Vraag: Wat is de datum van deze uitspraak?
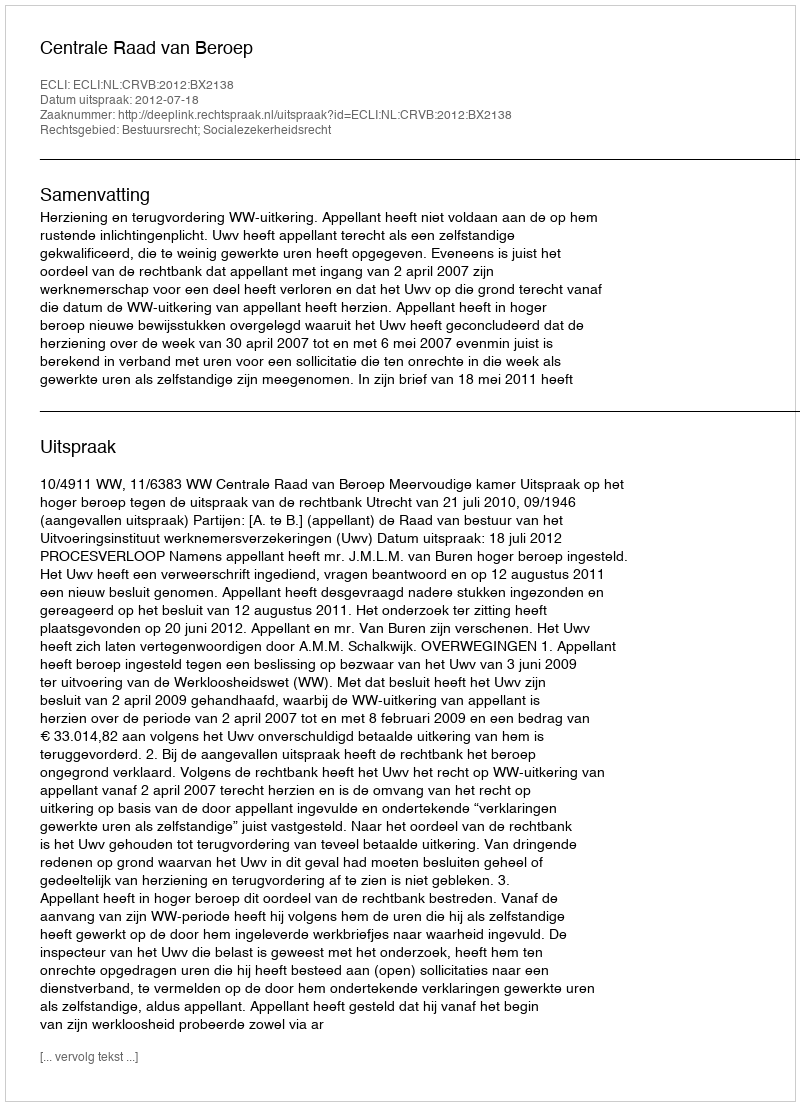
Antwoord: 2012-07-18